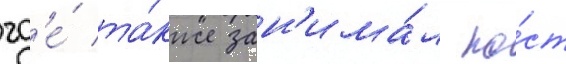
гд'е́ та́кже зан'има́л по́ст